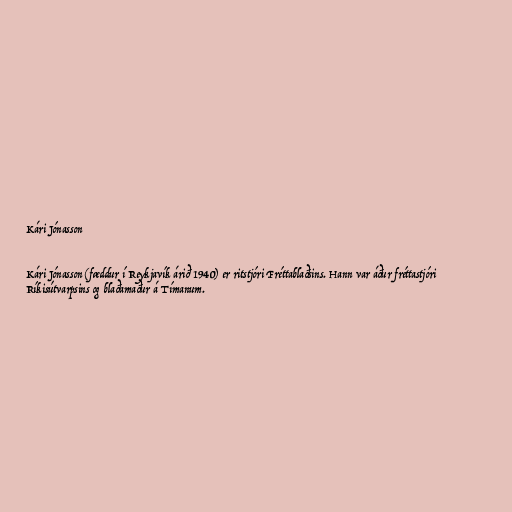
Kári Jónasson

Kári Jónasson (fæddur í Reykjavík árið 1940) er ritstjóri Fréttablaðsins. Hann var áður fréttastjóri
Ríkisútvarpsins og blaðamaður á Tímanum.